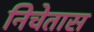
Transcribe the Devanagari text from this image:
निचेतास